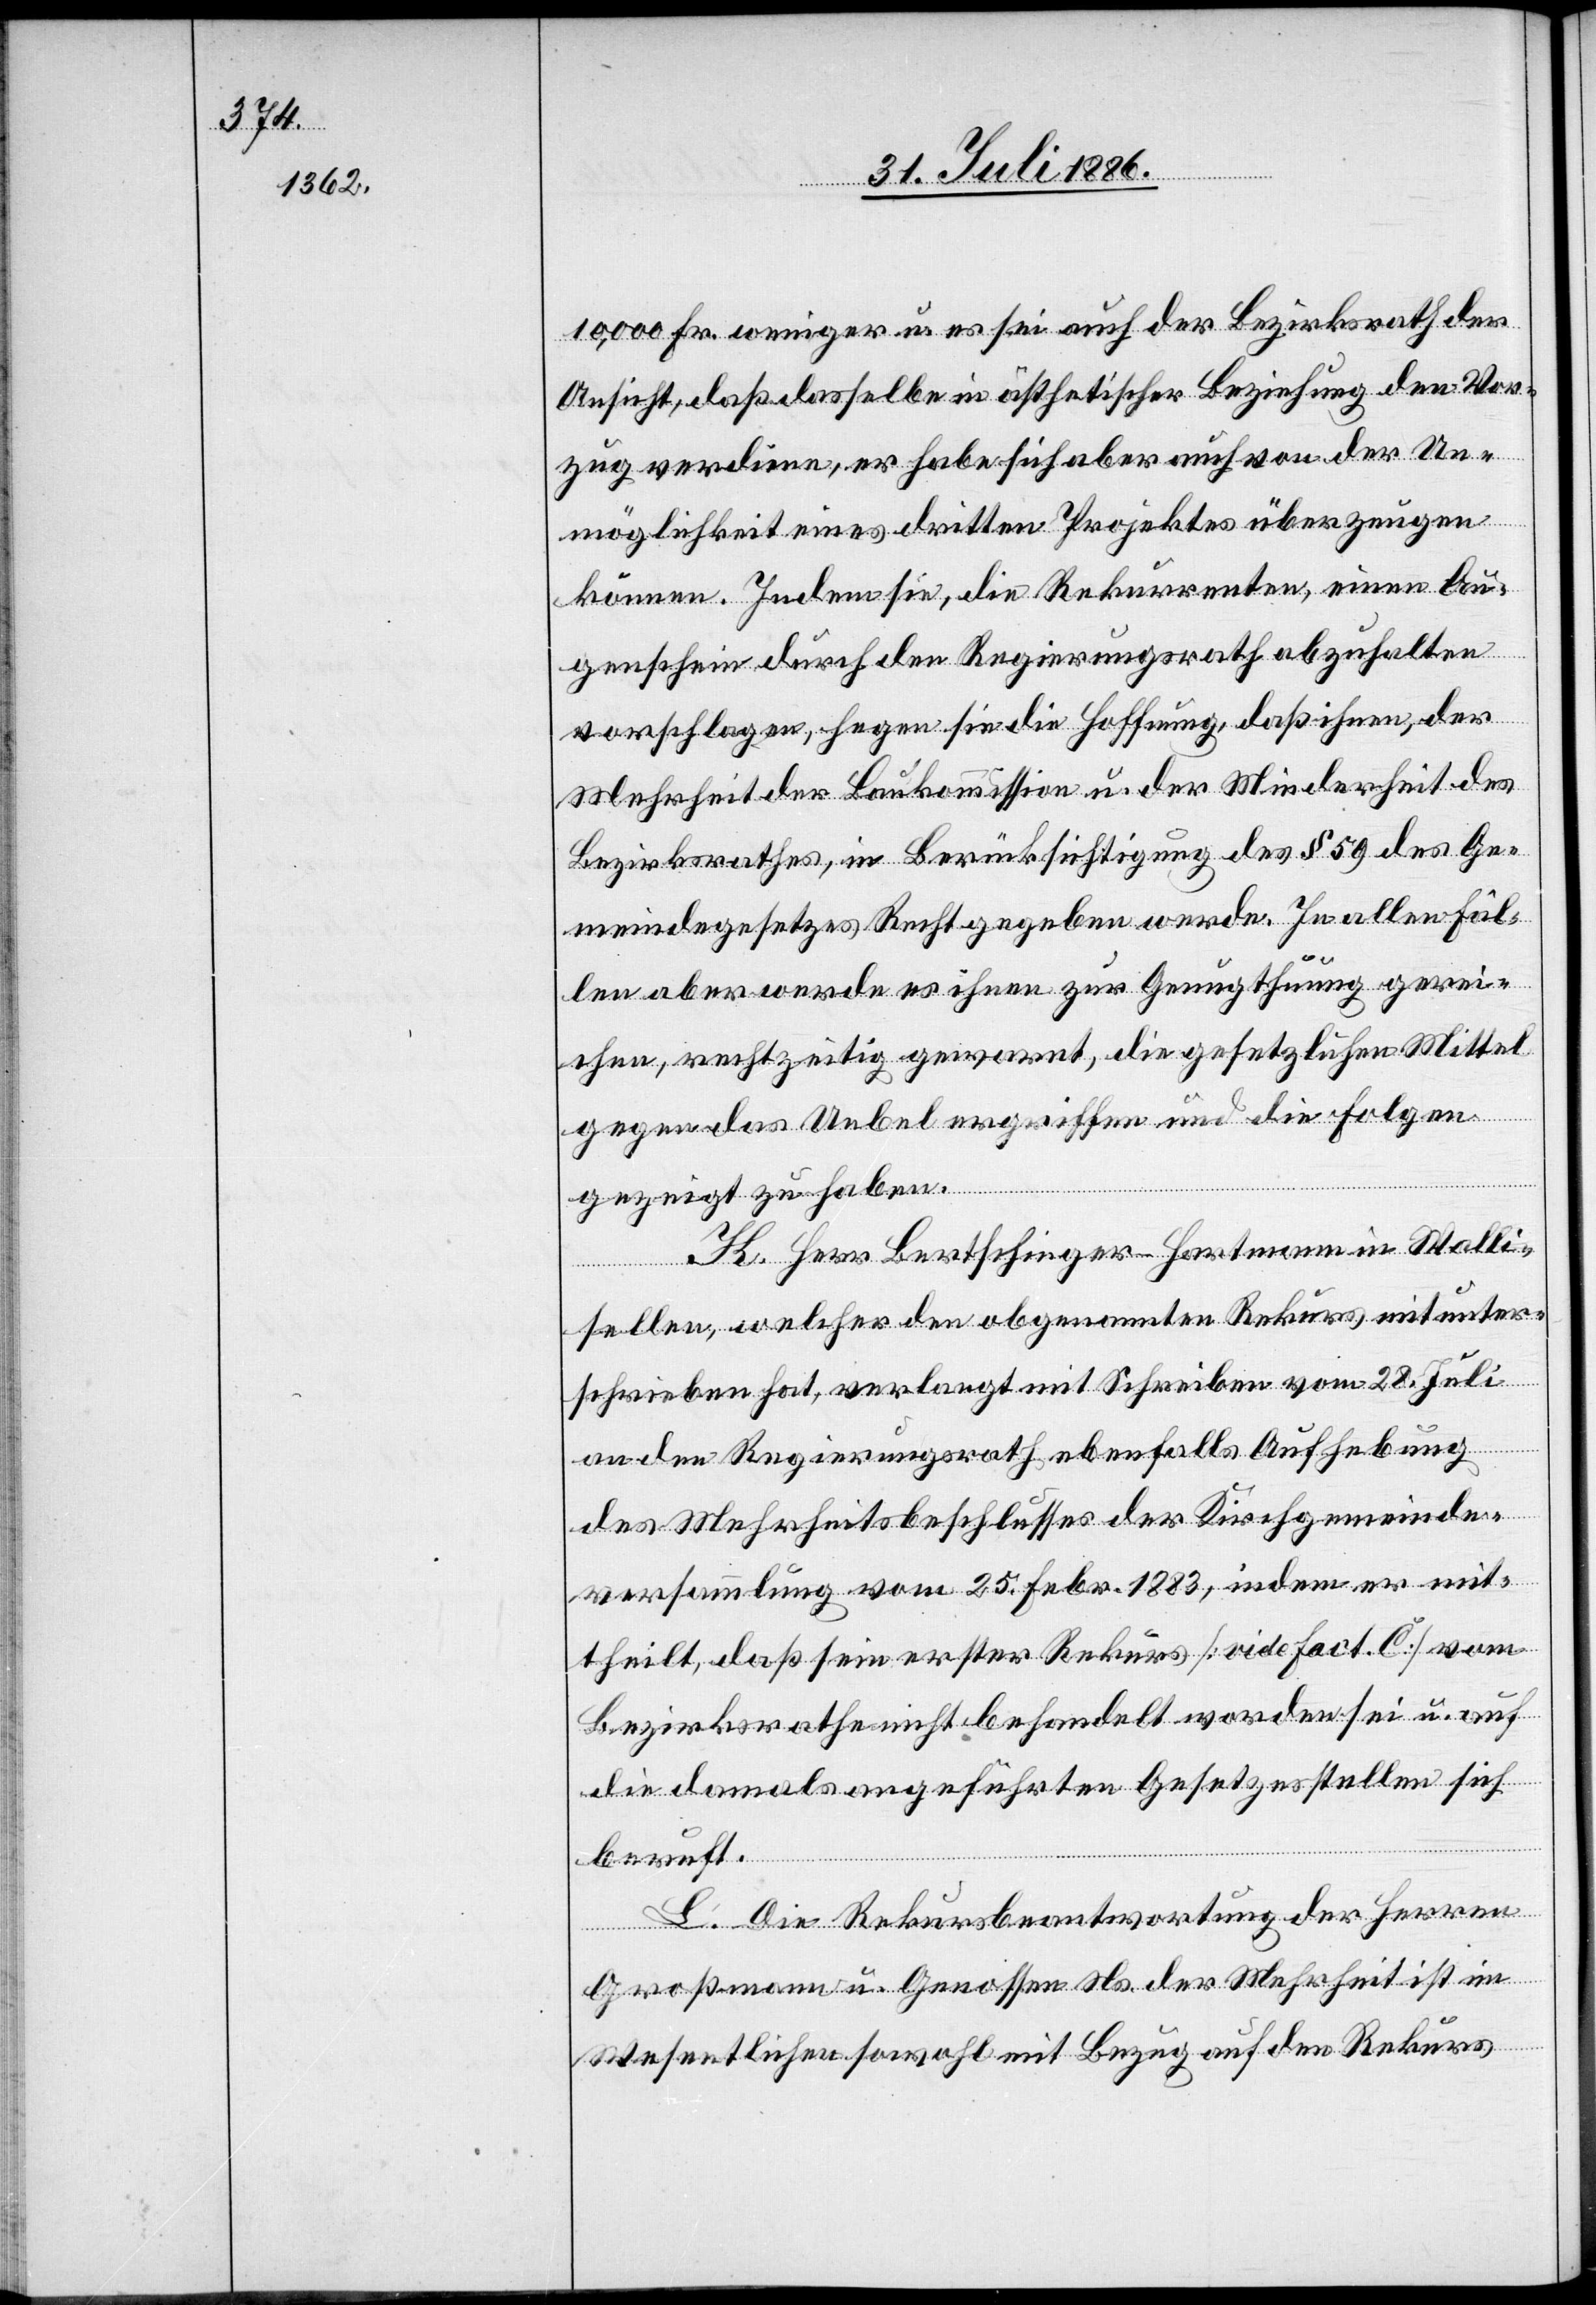
10,000 Fr. weniger u. es sei auch der Bezirksrath der
Ansicht, daß dasselbe in ästhetischer Beziehung den Vor¬
zug verdiene, er habe sich aber auch von der Un¬
möglichkeit eines dritten Projektes überzeugen
können. Indem sie, die Rekurrenten, einen Au¬
genschein durch den Regierungsrath abzuhalten
vorschlagen, hegen sie die Hoffnung, daß ihnen, der
Mehrheit der Baukommission u. der Minderheit des
Bezirksrathes, in Berücksichtigung des § 59 des Ge¬
meindegesetzes Recht gegeben werde. In allen Fäl¬
len aber werde es ihnen zur Genugthuung gerei¬
chen, rechtzeitig gewarnt, die gesetzlichen Mittel
gegen das Uebel ergriffen und die Folgen
gezeigt zu haben.
K. Herr Bertschinger-Hartmann in Walli¬
sellen, welcher den obgenannten Rekurs mitunter¬
schrieben hat, verlangt mit Schreiben vom 28. Juli
an den Regierungsrath ebenfalls Aufhebung
des Mehrheitsbeschlusses der Kirchgemeinde¬
versammlung vom 25. Febr. 1883, indem er mit¬
theilt, daß sein erster Rekurs [vide Fact. C] vom
Bezirksrath nicht behandelt worden sei u. auf
die damals angeführten Gesetzesstellen sich
beruft.
L. Die Rekursbeantwortung der Herren
Großmann u. Genossen Ns. der Mehrheit ist im
Wesentlichen sowohl mit Bezug auf den Rekurs